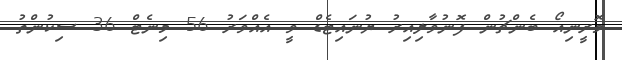
މޮރީނިއޯ ބެންޗުން ފޮނުވާލިއިރު ޔުނައިޓެޑް ވީ އެއްވަރު 56 މިނެޓް 36 ސިކުންތު